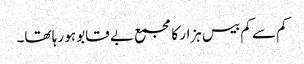
کم سے کم بیس ہزار کا مجمع بے قابو ہو رہا تھا۔